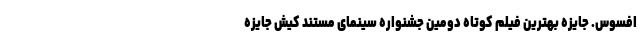
افسوس. جایزه بهترین فیلم کوتاه دومین جشنواره سینمای مستند کیش جایزه